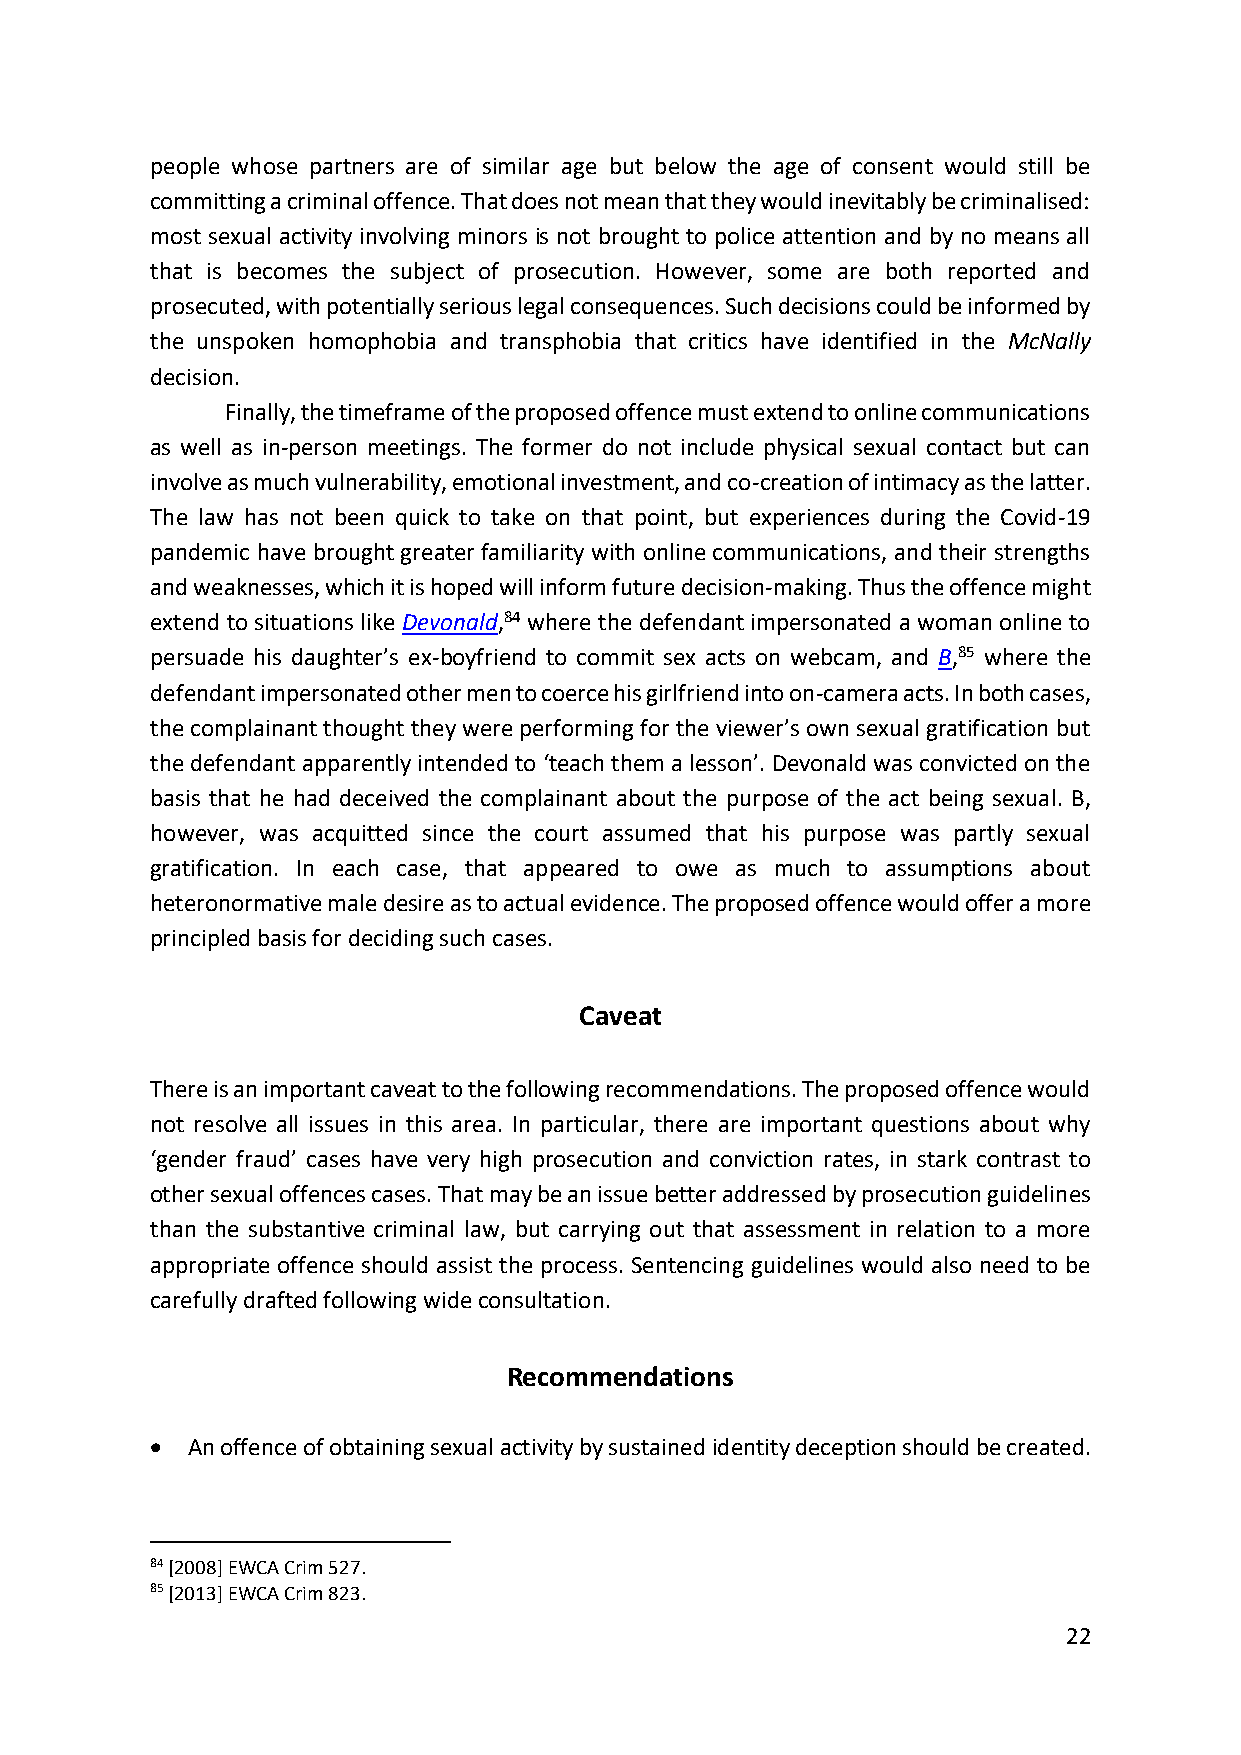
people whose partners are of similar age but below the age of consent would still be
 committing a criminal offence. That does not mean that they would inevitably be criminalised:
 most sexual activity involving minors is not brought to police attention and by no means all
 that is becomes the subject of prosecution. However, some are both reported and
 prosecuted, with potentially serious legal consequences. Such decisions could be informed by
 the unspoken homophobia and transphobia that critics have identified in the McNally
 decision.
 Finally, the timeframe of the proposed offence must extend to online communications
 as well as in-person meetings. The former do not include physical sexual contact but can
 involve as much vulnerability, emotional investment, and co-creation of intimacy as the latter.
 The law has not been quick to take on that point, but experiences during the Covid-19
 pandemic have brought greater familiarity with online communications, and their strengths
 and weaknesses, which it is hoped will inform future decision-making. Thus the offence might
 extend to situations like Devonald,84 where the defendant impersonated a woman online to
 persuade his daughter’s ex-boyfriend to commit sex acts on webcam, and B,85 where the
 defendant impersonated other men to coerce his girlfriend into on-camera acts. In both cases,
 the complainant thought they were performing for the viewer’s own sexual gratification but
 the defendant apparently intended to ‘teach them a lesson’. Devonald was convicted on the
 basis that he had deceived the complainant about the purpose of the act being sexual. B,
 however, was acquitted since the court assumed that his purpose was partly sexual
 gratification. In each case, that appeared to owe as much to assumptions about
 heteronormative male desire as to actual evidence. The proposed offence would offer a more
 principled basis for deciding such cases.
 Caveat
 There is an important caveat to the following recommendations. The proposed offence would
 not resolve all issues in this area. In particular, there are important questions about why
 ‘gender fraud’ cases have very high prosecution and conviction rates, in stark contrast to
 other sexual offences cases. That may be an issue better addressed by prosecution guidelines
 than the substantive criminal law, but carrying out that assessment in relation to a more
 appropriate offence should assist the process. Sentencing guidelines would also need to be
 carefully drafted following wide consultation.
 Recommendations
 • An offence of obtaining sexual activity by sustained identity deception should be created.
 84 [2008] EWCA Crim 527.
 85 [2013] EWCA Crim 823.
 22